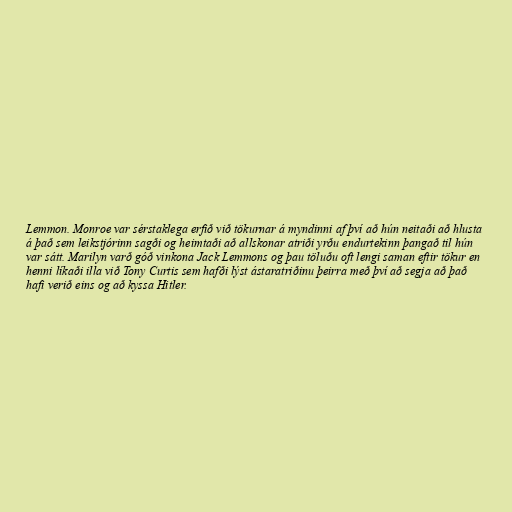
Lemmon. Monroe var sérstaklega erfið við tökurnar á myndinni af því að hún neitaði að hlusta
á það sem leikstjórinn sagði og heimtaði að allskonar atriði yrðu endurtekinn þangað til hún
var sátt. Marilyn varð góð vinkona Jack Lemmons og þau töluðu oft lengi saman eftir tökur en
henni líkaði illa við Tony Curtis sem hafði lýst ástaratriðinu þeirra með því að segja að það
hafi verið eins og að kyssa Hitler.